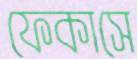
ফেকাসে